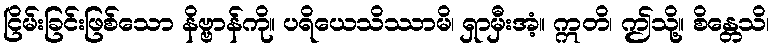
ငြိမ်းခြင်းဖြစ်သော နိဗ္ဗာန်ကို။ ပရိယေသိဿာမိ၊ ရှာမှီးအံ့။ ဣတိ၊ ဤသို့။ စိန္တေသိ၊